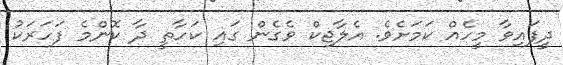
ދީފައިވާ މީހެއް ކަމަށެވެ. އެލާޖިކް ވެގެން ގައި ކަހާތީ ދާ ކޮންމެ ފަހަރަކު